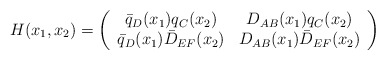
\begin{align*}H(x_{1}, x_{2}) = \left( \begin{array}{cc} \bar{q}_{D}(x_{1}) q_{C}(x_{2}) & D_{AB}(x_{1}) q_{C}(x_{2}) \\ \bar{q}_{D}(x_{1}) \bar{D}_{EF}(x_{2}) & D_{AB}(x_{1}) \bar{D}_{EF}(x_{2}) \end{array} \right)\end{align*}